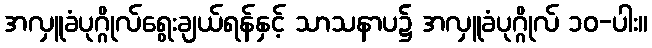
အလှူခံပုဂ္ဂိုလ်ရွေးချယ်ရန်နှင့် သာသနာပ၌ အလှူခံပုဂ္ဂိုလ် ၁၀-ပါး။